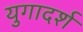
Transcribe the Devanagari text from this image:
युगादर्श